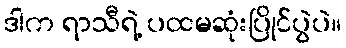
ဒါက ရာသီရဲ့ ပထမဆုံးပြိုင်ပွဲပဲ။